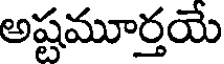
అష్టమూర్తయే